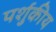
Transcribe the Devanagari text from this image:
पर्शुकीय